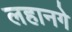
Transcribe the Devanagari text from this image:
लहानगे